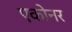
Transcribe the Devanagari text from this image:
एकोनर